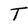
Character: T